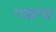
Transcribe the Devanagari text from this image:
पवारचा